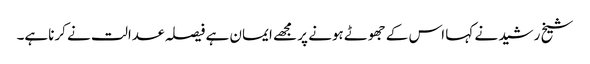
شیخ رشید نے کہا اس کے جھوٹے ہونے پر مجھے ایمان ہے فیصلہ عدالت نے کرناہے۔